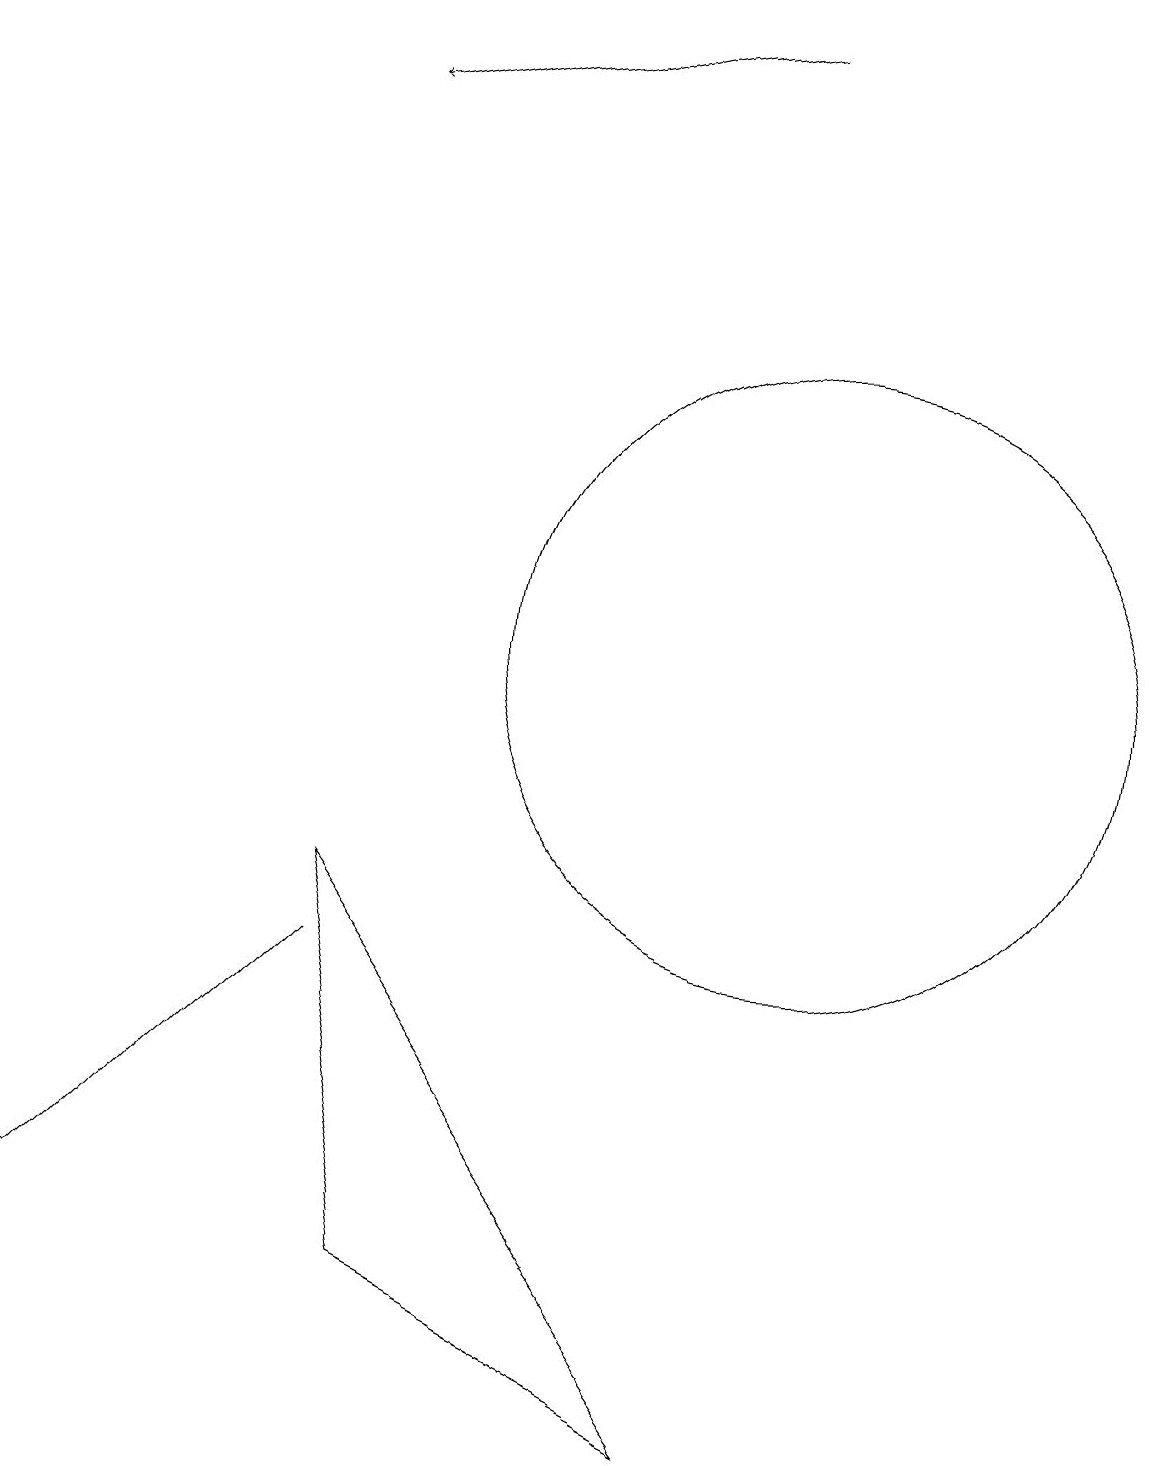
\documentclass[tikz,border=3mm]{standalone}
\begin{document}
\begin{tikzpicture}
\draw (4,7) -- (3,6) -- (0,3) -- cycle;
\draw (9,1) -- (4,8) -- (5,3) -- cycle;
\draw (10,11) circle (4);
\draw[->] (9,19) -- (4,18);
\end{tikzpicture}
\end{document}